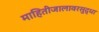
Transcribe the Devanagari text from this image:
माहितीजालावरसुद्धा